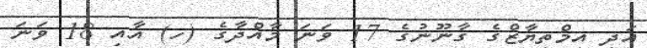
އަދި އިމްތިޔާޒްގެ ގާނޫނުގެ 17 ވަނަ މާއްދާގެ (ހ) އާއި 18 ވަނަ